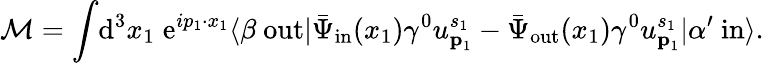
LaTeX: {\mathcal{M}}=\int\! \mathrm{d}^{3}x_{1}\; \mathrm{e}^{ip_{1}\cdot x_{1}}\langle\beta\ \mathrm{out}|{\bar{\Psi}}_{\mathrm{in}}(x_{1})\gamma^{0}u_{{\textbf{p}}_{1}}^{s_{1}}-{\bar{\Psi}}_{\mathrm{out}}(x_{1})\gamma^{0}u_{{\textbf{p}}_{1}}^{s_{1}}|\alpha^{\prime}\ \mathrm{in}\rangle.